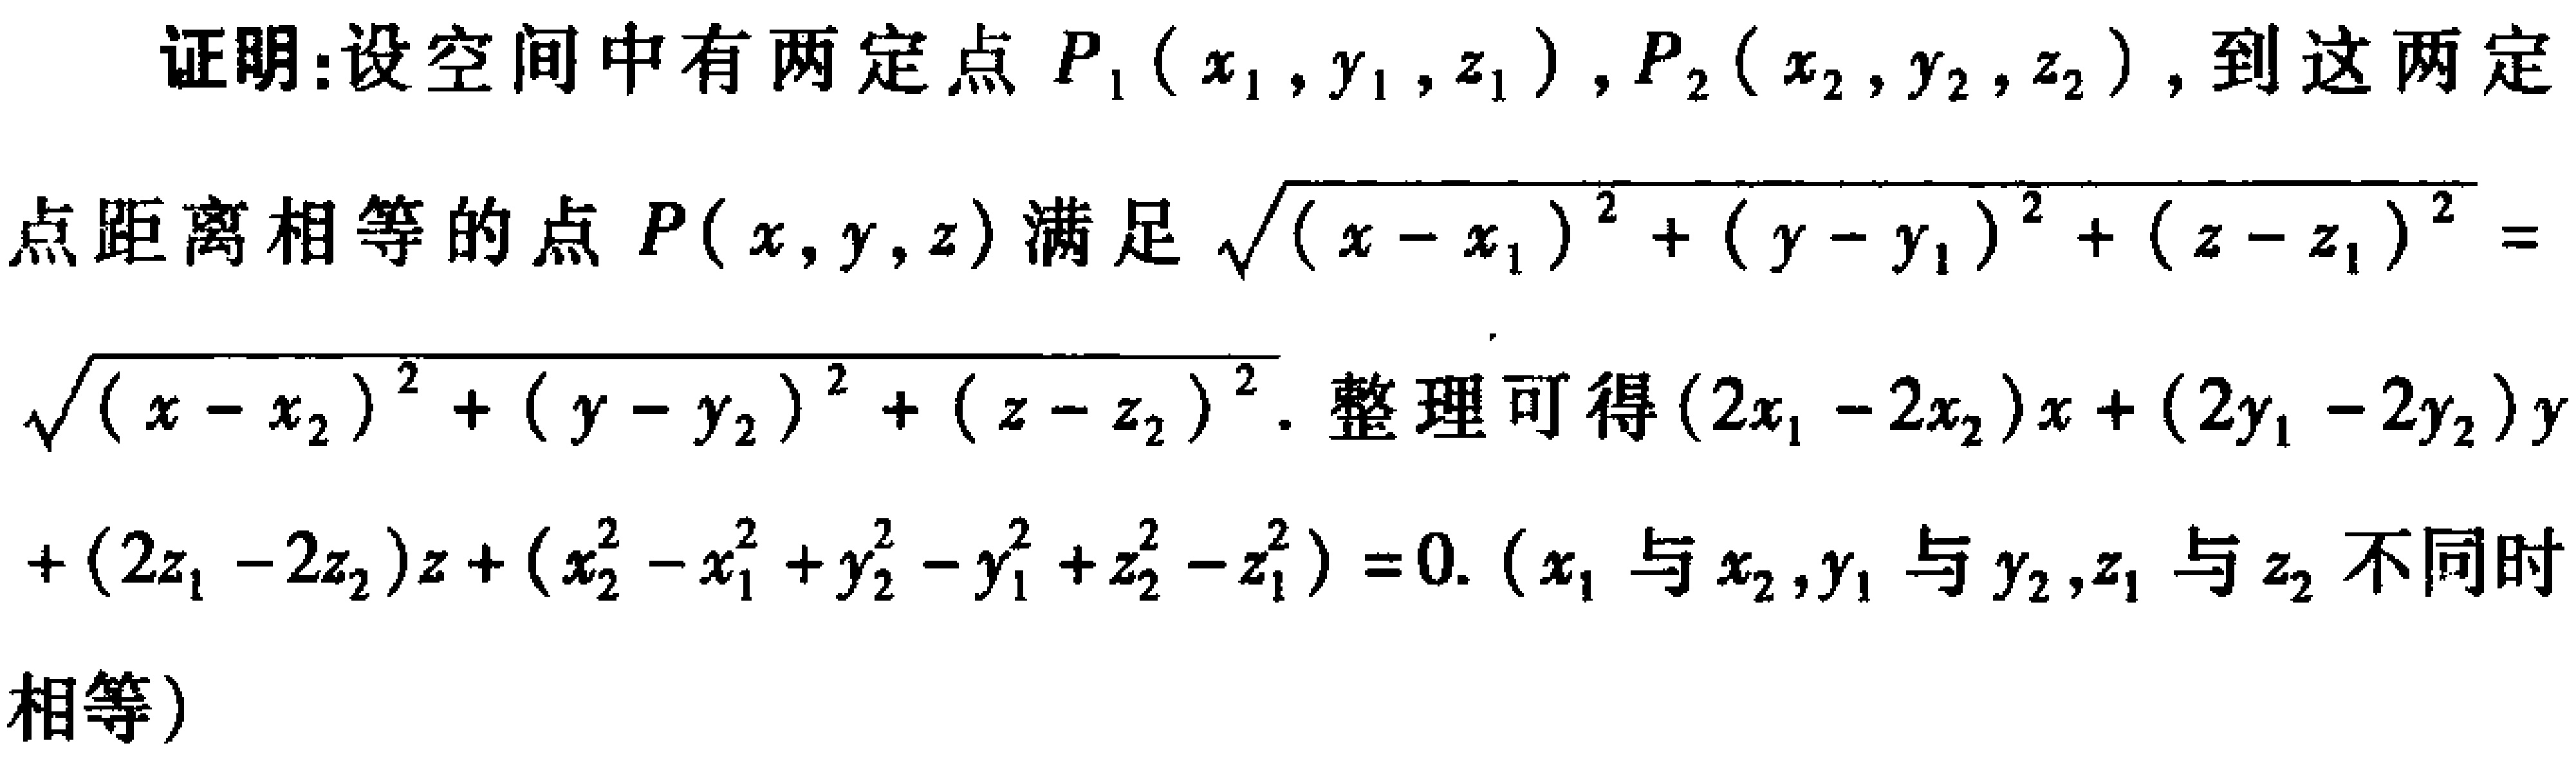
证明：设空间中有两定点 \(P_1(x_1,y_1,z_1)\)，\(P_2(x_2,y_2,z_2)\)，到这两定点距离相等的点 \(P(x,y,z)\) 满足 \(\sqrt{(x - x_1)^2+(y - y_1)^2+(z - z_1)^2}=\sqrt{(x - x_2)^2+(y - y_2)^2+(z - z_2)^2}\)。整理可得 \((2x_1 - 2x_2)x+(2y_1 - 2y_2)y+(2z_1 - 2z_2)z+(x_2^2 - x_1^2 + y_2^2 - y_1^2 + z_2^2 - z_1^2)=0\)。（\(x_1\) 与 \(x_2\)，\(y_1\) 与 \(y_2\)，\(z_1\) 与 \(z_2\) 不同时相等）